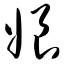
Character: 娘